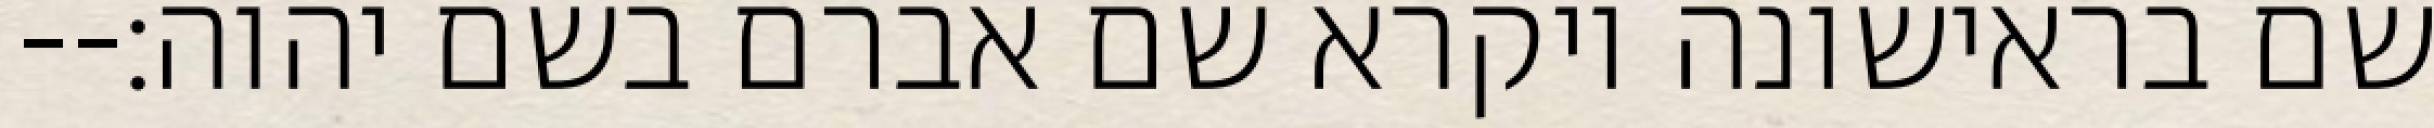
שם בראישונה ויקרא שם אברם בשם יהוה׃--